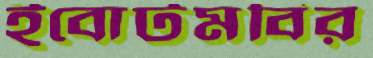
ইবোটমবির